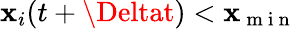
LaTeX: \mathbf{x}_{i}(t+\Deltat)<\mathbf{x}_{\mathrm{{~m~i~n~}}}